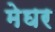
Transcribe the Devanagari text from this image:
मेघर